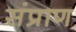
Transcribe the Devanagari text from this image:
संप्राण